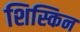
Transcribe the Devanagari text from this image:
शिस्किन